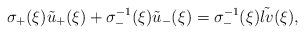
LaTeX: \begin{align*}\sigma_+(\xi)\tilde u_+(\xi)+\sigma^{-1}_-(\xi)\tilde u_-(\xi)=\sigma^{-1}_-(\xi)\tilde{lv}(\xi),\end{align*}